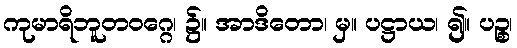
ကုမာရိဘူတဝဂ္ဂေ၊ ၌။ အာဒိတော၊ မှ။ ပဋ္ဌာယ၊ ၍။ ပဉ္စ၊